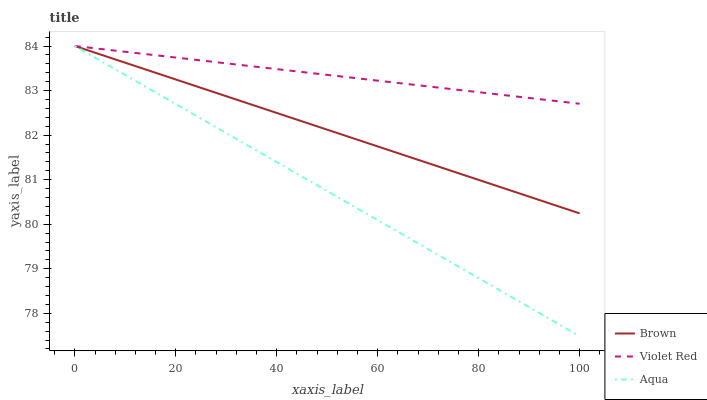
| xaxis_label | Brown | Violet Red | Aqua |
 | --- | --- | --- | --- |
 | 0 | 84 | 84 | 84 |
 | 5.88 | 83.8 | 83.9 | 83.6 |
 | 11.8 | 83.6 | 83.8 | 83.2 |
 | 17.6 | 83.3 | 83.8 | 82.9 |
 | 23.5 | 83.1 | 83.7 | 82.5 |
 | 29.4 | 82.9 | 83.6 | 82.1 |
 | 35.3 | 82.7 | 83.5 | 81.7 |
 | 41.2 | 82.5 | 83.5 | 81.3 |
 | 47.1 | 82.2 | 83.4 | 80.9 |
 | 52.9 | 82 | 83.3 | 80.6 |
 | 58.8 | 81.8 | 83.2 | 80.2 |
 | 64.7 | 81.6 | 83.2 | 79.8 |
 | 70.6 | 81.3 | 83.1 | 79.4 |
 | 76.5 | 81.1 | 83 | 79 |
 | 82.4 | 80.9 | 82.9 | 78.6 |
 | 88.2 | 80.7 | 82.9 | 78.3 |
 | 94.1 | 80.5 | 82.8 | 77.9 |
 | 100 | 80.2 | 82.7 | 77.5 |